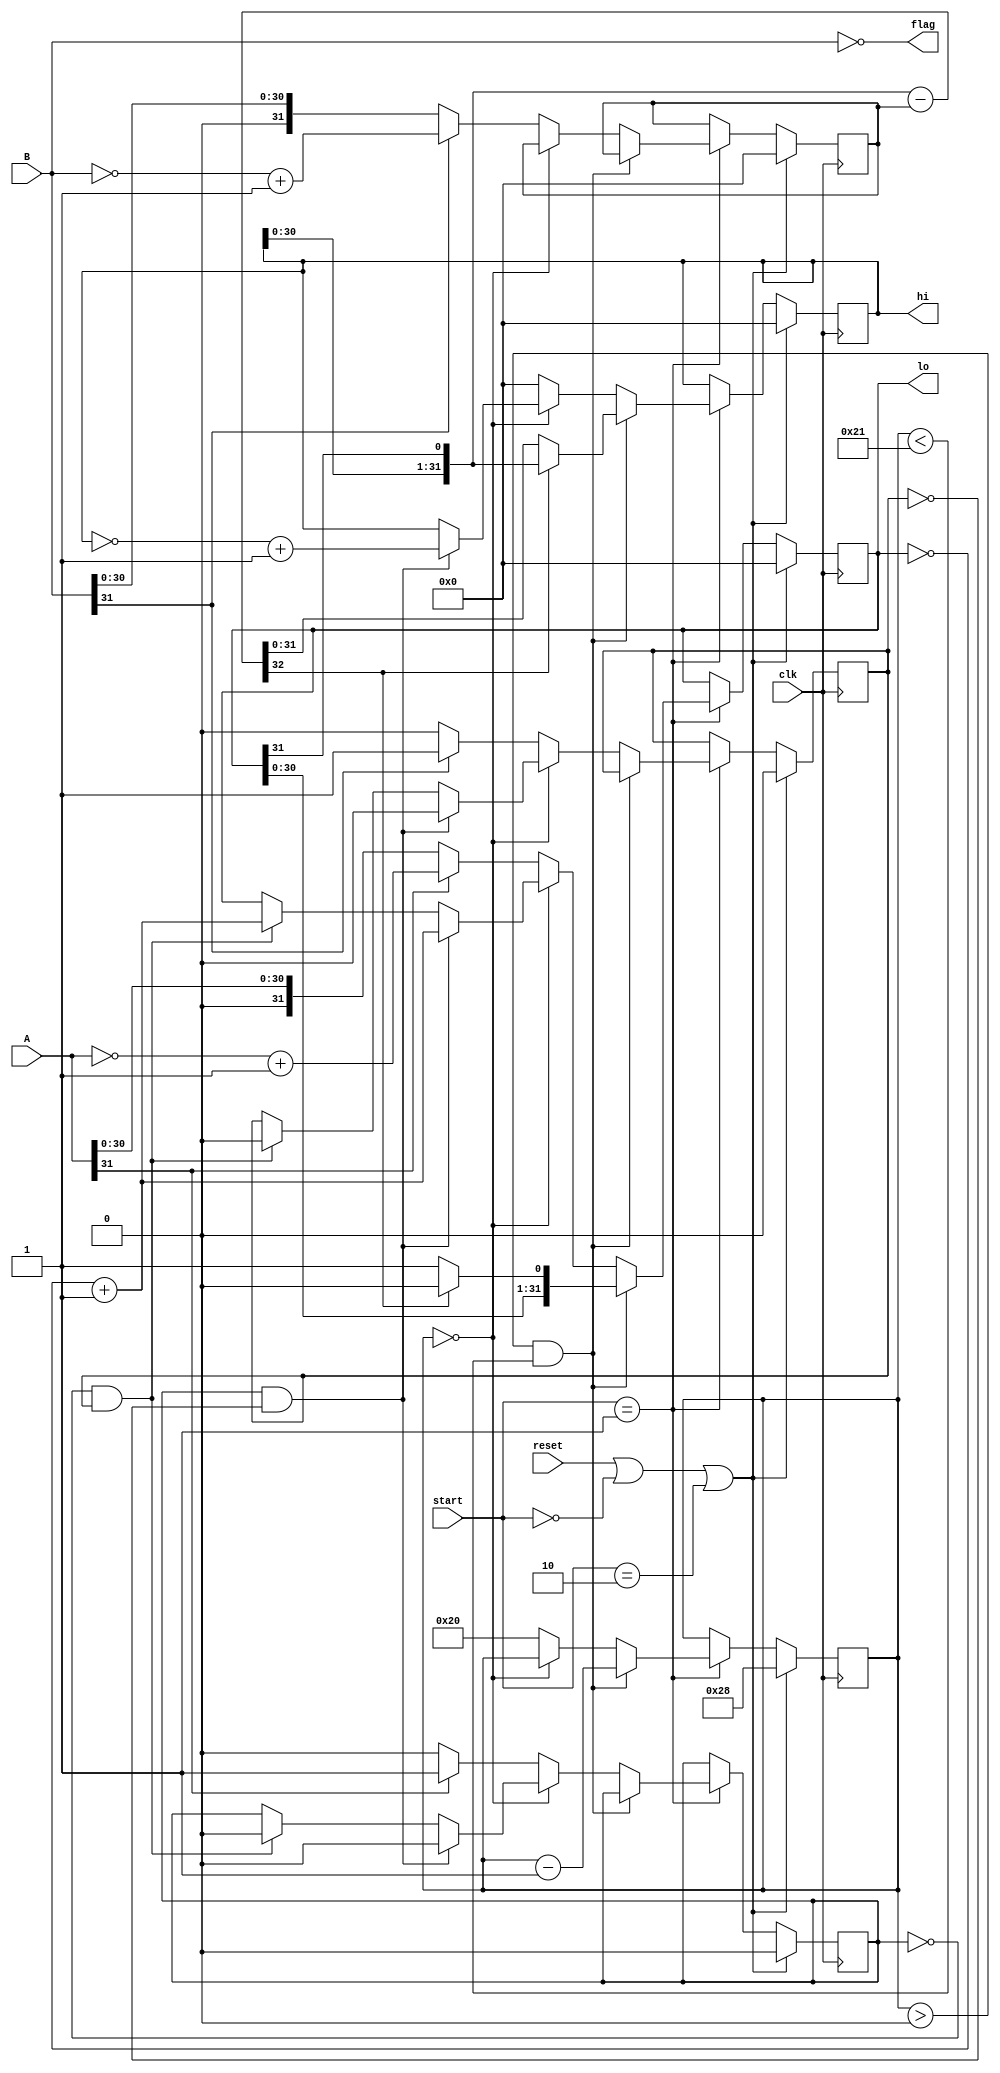
module div(  
   input [31:0] A, B,
   input [1:0]start,
   input clk, reset,  
   output flag, 
   output [31:0] hi, lo
   );  

   reg active;  
   reg [5:0] cycle;    
   reg [31:0] result;    
   reg [31:0] denom;   
   reg [31:0] work;   
   reg signed_x, signed_y, signed_ok;

   wire [32:0]   sub = { work[30:0], result[31] } - denom;  
   assign flag = !B;  
   assign lo = result;  
   assign hi = work;  
   
   
   always @(posedge clk) begin  
     if (reset || start == 2'd0 || start == 2'd2) begin  
       active <= 0;  
       cycle <= 6'd40;  
       result <= 0;  
       denom <= 0;  
       work <= 0;
       signed_x <= 0;
       signed_y <= 0;  
     end 

     else if(start == 2'd1) begin 

       if (cycle > 0 && cycle < 33) begin  
         if (sub[32] == 0) begin  
           work <= sub[31:0];  
           result <= {result[30:0], 1'b1};  
         end  
         else begin  
           work <= {work[30:0], result[31]};  
           result <= {result[30:0], 1'b0};  
         end  
         if (cycle == 6'd1) begin  
           active <= 0; 
           if ((~signed_x && ~signed_y) || (signed_x && signed_y))begin
             signed_ok <= 0; end 
         end 
         
         cycle <= cycle - 6'd1;  
       end 

       else if (cycle == 0)begin  
         if(signed_x && ~signed_y) begin
            result <= ~result + 1;
            work <= ~work + 1;
            signed_x <= 0;
            signed_y <= 0;
            signed_ok <= 0; 
         end else if (~signed_x && signed_y) begin
           result <= ~result + 1;
            signed_x <= 0;
            signed_y <= 0;
            signed_ok <= 0; 
         end  
       end 

       else begin
          if (A[31] == 1'b1) begin 
            result <= ~A + 1; 
            signed_x <= 1; 
          end else begin 
            result <= A; 
            signed_x <= 0; 
          end

          if (B[31]== 1'b1) begin 
            denom <= ~B + 1; 
            signed_y <= 1; 
          end else begin 
            denom <= B;  
            signed_y <= 0; 
          end

          cycle <= 6'd32;   
          work <= 32'b0;  
          active <= 1; 
          signed_ok <= 1;
       end


     end 

      
   end  
 endmodule